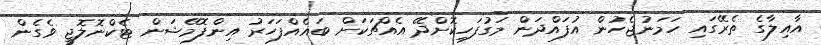
އާއިލާގެ ތެރޭގައި ހަމަނުޖެހުން އުފައްދަން މަގުފަހިކޮށްދޭ އެއްޗަކަށް ބައެއްފަހަރު އިންފޮމޭޝަން ޓެކްނޮލޮޖީ ވެގެން